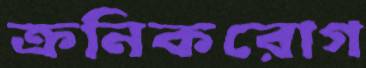
ক্রনিকরোগ